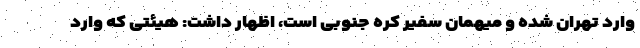
وارد تهران شده و میهمان سفیر کره جنوبی است، اظهار داشت: هیئتی که وارد